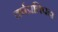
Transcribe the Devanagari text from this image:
वर्षप्रतिपदा